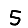
Digit: 5